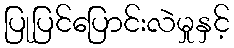
ပြုပြင်ပြောင်းလဲမှုနှင့်